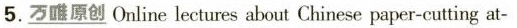
5. \underline{万唯原创} Online lectures about Chinese paper-cutting at-